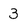
Character: 3